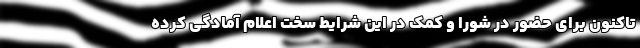
تاکنون برای حضور در شورا و کمک در این شرایط سخت اعلام آمادگی کرده